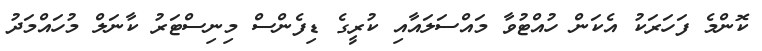
ކޮންމެ ފަހަރަކު އެކަން ހުއްޓުވާ މައްސަލައާއި ކުރީގެ ޑިފެންސް މިނިސްޓަރު ކާނަލް މުހައްމަދު